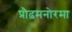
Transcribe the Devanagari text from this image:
प्रौढ़मनोरमा